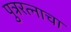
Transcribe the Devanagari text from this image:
पुत्ररत्नाचा